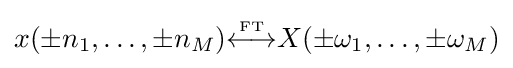
x(\pm n_{1},\ldots ,\pm n_{M}){\overset {\underset {\mathrm {FT} }{}}{\longleftrightarrow }}X(\pm \omega _{1},\ldots ,\pm \omega _{M})